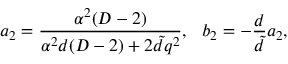
a _ { 2 } = \frac { \alpha ^ { 2 } ( D - 2 ) } { \alpha ^ { 2 } d ( D - 2 ) + 2 \tilde { d } q ^ { 2 } } , ~ ~ b _ { 2 } = - \frac { d } { \tilde { d } } a _ { 2 } ,